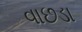
વાછડા